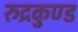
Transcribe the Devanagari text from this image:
रुद्रकुण्ड